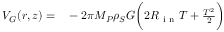
\begin{array} { r l } { V _ { G } ( r , z ) = } & { { } - 2 \pi M _ { P } \rho _ { S } G \bigg ( 2 R _ { \mathrm { ~ i ~ n ~ } } T + \frac { T ^ { 2 } } { 2 } \bigg ) } \end{array}